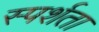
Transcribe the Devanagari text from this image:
स्पर्शता